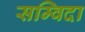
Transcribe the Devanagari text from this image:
सम्विदा